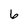
Character: 6